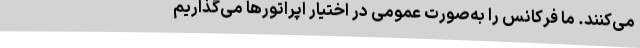
می‌کنند. ما فرکانس را به‌صورت عمومی در اختیار اپراتورها می‌گذاریم